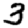
Digit: 3